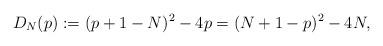
LaTeX: \begin{align*} D_N(p)&:=(p+1-N)^2-4p= (N+1-p)^2-4N, \end{align*}